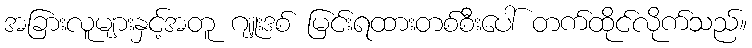
အခြားလူများနှင့်အတူ ဂျူးဒစ် မြင်းရထားတစ်စီးပေါ် တက်ထိုင်လိုက်သည်။